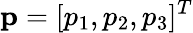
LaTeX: \mathbf{p}=[p_{1},p_{2},p_{3}]^{T}